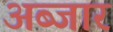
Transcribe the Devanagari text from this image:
अब्जार